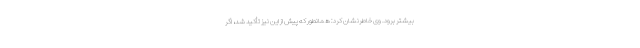
بیشتر برود. وی خاطرنشان کرد: همانطور که پیش از این نیز تأکید شد، اگر